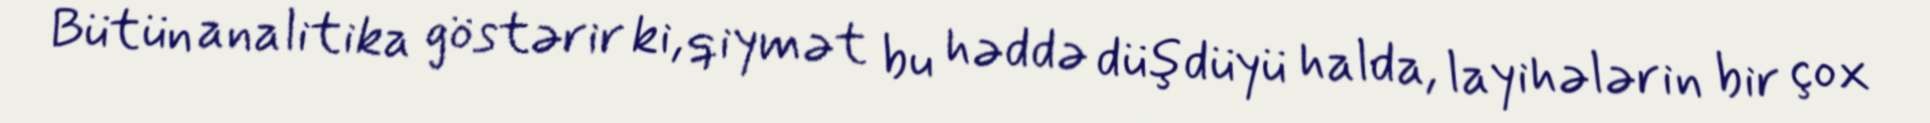
Bütün analitika göstərir ki, qiymət bu həddə düşdüyü halda, layihələrin bir çox